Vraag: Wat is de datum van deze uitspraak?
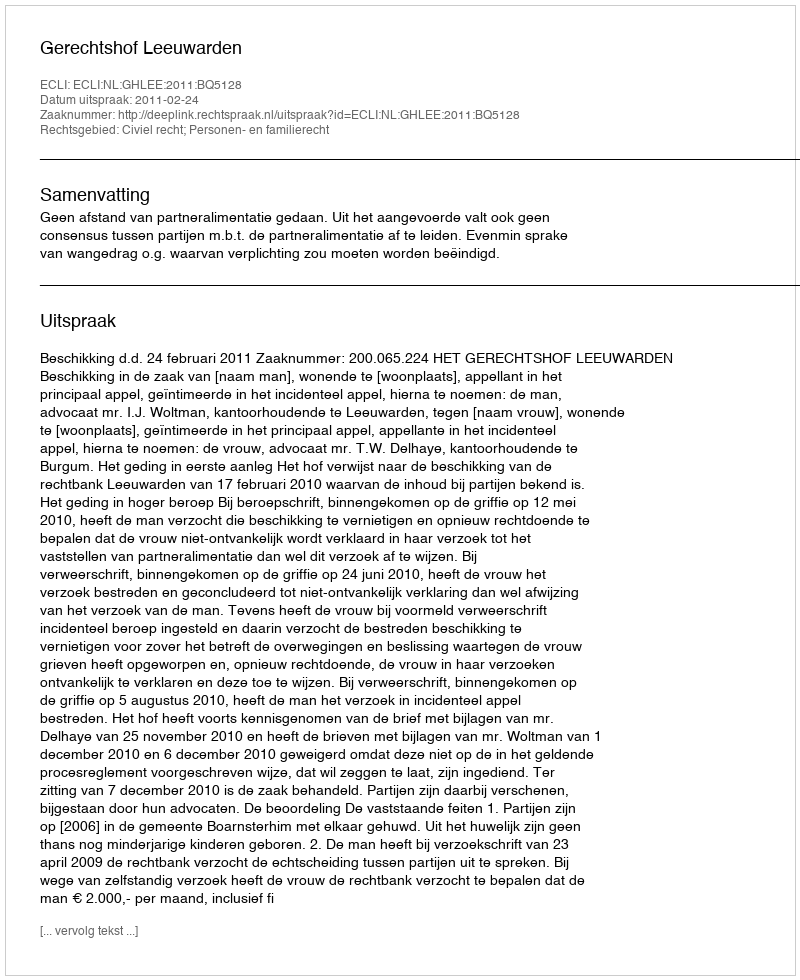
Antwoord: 2011-02-24